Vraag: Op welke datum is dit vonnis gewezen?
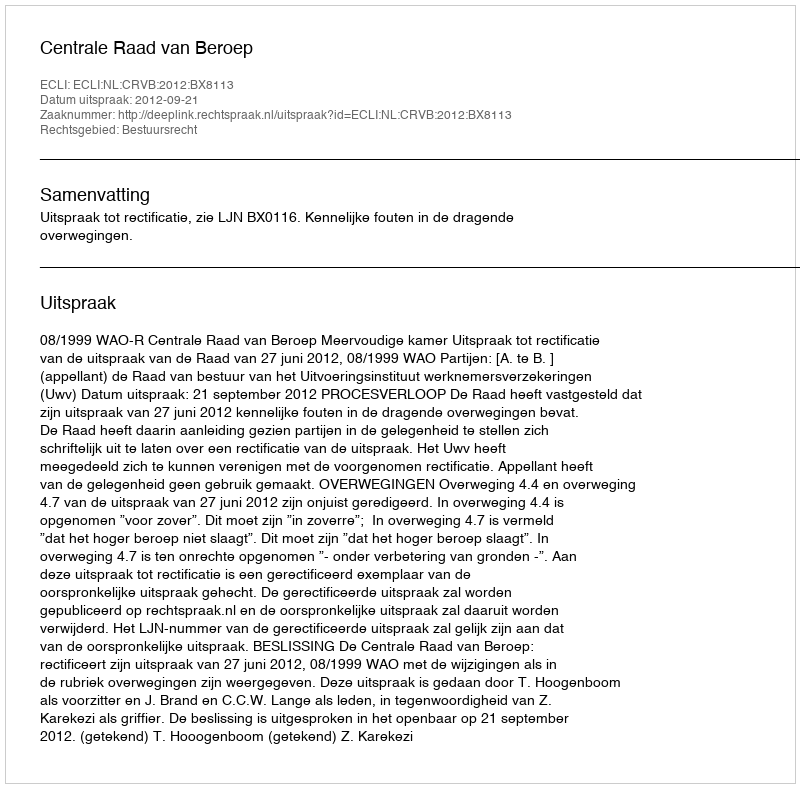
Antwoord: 2012-09-21